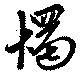
燭